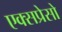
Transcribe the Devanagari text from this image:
एक्सप्रेसो